Civil Veterinary Dept. Assam report 1927-50 - 1927-1950
Year: 1927
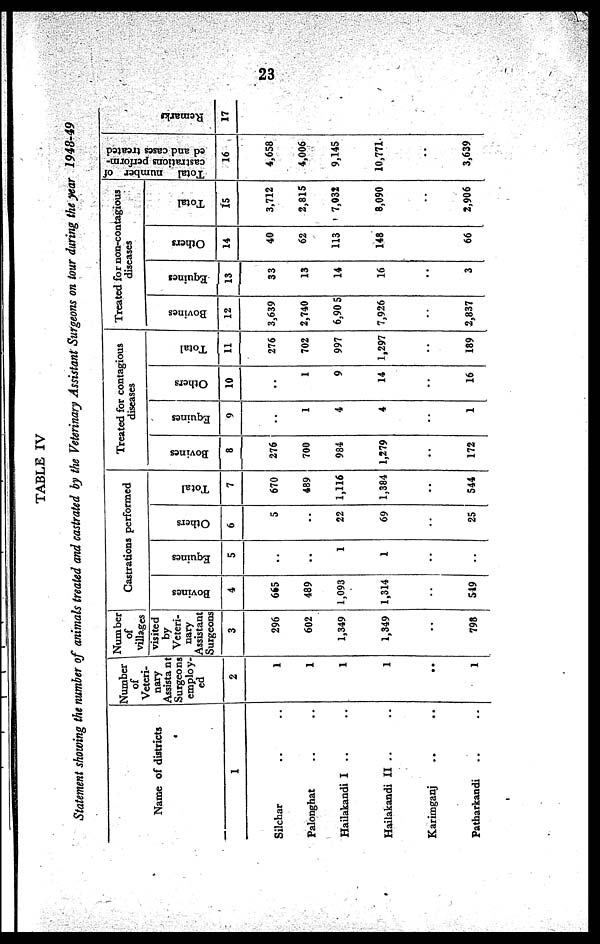
23
TABLE IV
Statement showing the number of animals treated and castrated by the Veterinary Assistant Surgeons on tour during the year 1948-49
Name of districts
1
Silchar .. ..
Palonghat .. ..
Hailakandi I .. ..
Hailakandi II .. ..
Karimganj .. ..
Patharkandi .. ..
Number
of
Veteri-
nary
Assista nt
Surgeons
employ-
ed
2
1
1
1
1
..
1
Number
of
villages
visited
by
Veteri-
nary
Assistant
Surgeons
3
296
602
1,349
1,349
..
798
Castrations performed
Bovines
4
665
489
1,093
1,314
..
519
Equines
5
..
..
1
1
..
..
Others
6
5
..
22
69
..
25
Total
7
670
489
1,116
1,384
..
544
Treated for contagious
diseases
Bovines
8
276
700
984
1,279
..
172
Equines
9
..
1
4
4
..
1
Others
10
..
1
9
14
..
16
Total
11
276
702
997
1,297
..
189
Treated for non-contagious
diseases
Bovines
12
3,639
2,740
6,90 5
7,926
..
2,837
Equines
13
33
13
14
16
..
3
Others
14
40
62
113
148
..
66
Total
15
3,712
2,815
7,032
8,090
..
2,906
Total number of
castrations perform-
ed and cases treated
16
4,658
4,006
9,145
10,771
..
3,639
Remarks
17